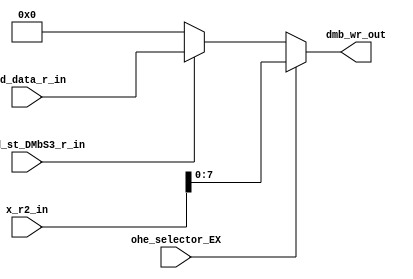

// File generated by Go version U-2022.12#33f3808fcb#221128, Thu Jan 25 16:08:15 2024
// Copyright 2014-2022 Synopsys, Inc. All rights reserved.
// go -I../lib -F -DSYNTHESIS_NO_UNGROUP -D__tct_patch__=0 -Verilog -otrv32p3_cnn_vlog -cgo_options.cfg -Itrv32p3_cnn_vlog/tmp_pdg -updg -updg_controller trv32p3_cnn



`timescale 1ns/1ps

// module mux_dmb_wr : mux_dmb_wr
module mux_dmb_wr
  ( input                    ohe_selector_EX,
    input                    __ocd_st_DMbS3_r_in, // bool
    input       signed [7:0] ocd_data_r_in, // w08
    input      signed [31:0] x_r2_in, // w32
    output reg  signed [7:0] dmb_wr_out // w08
  );


  always @ (*)

  begin : p_mux_dmb_wr

    dmb_wr_out = 8'sh0;

    // (dmb_wr_copy0_ocd_data_r___ocd_st_DMbS3_r_S3_alw)
    if (__ocd_st_DMbS3_r_in)
    begin
      // [ocd.n:80]
      dmb_wr_out = ocd_data_r_in;
    end

    if (ohe_selector_EX) // (dmb_wr_copy0_x_r2_EX)
    begin
      // [ldst.n:99](regX.n:82)
      dmb_wr_out = $signed(x_r2_in[7:0]);
    end

  end

endmodule